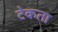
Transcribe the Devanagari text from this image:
टेकता